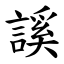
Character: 謑